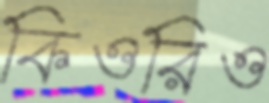
কিওরিও